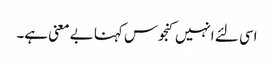
اسی لئے انہیں کنجوس کہنا بے معنی ہے۔